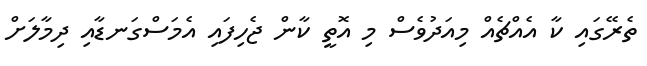
ތެރޭގައި ކާ އެއްޗެއް މިއަދުވެސް މި އޮތީ ކާން ޖެހިފައި އެމަސްގަނޑާއި ދިމާލަށް